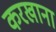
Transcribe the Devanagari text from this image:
करखाना